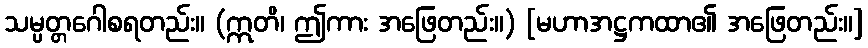
သမ္ပတ္တဂေါစရတည်း။ (ဣတိ၊ ဤကား အဖြေတည်း။) [မဟာအဋ္ဌကထာ၏ အဖြေတည်း။]